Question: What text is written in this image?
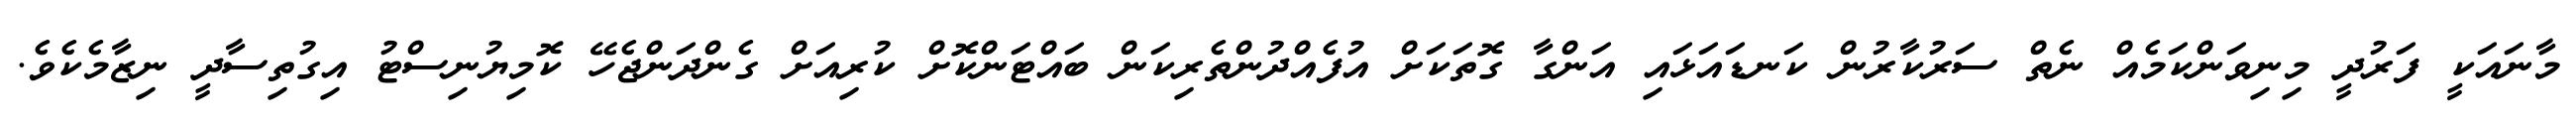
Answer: މާނައަކީ ފަރުދީ މިނިވަންކަމެއް ނެތް ސަރުކާރުން ކަނޑައަޅައި އަންގާ ގޮތަކަށް އުފެއްދުންތެރިކަން ބައްޓަންކޮށް ކުރިއަށް ގެންދަންޖެހޭ ކޮމިޔުނިސްޓު އިގުތިސާދީ ނިޒާމެކެވެ.